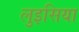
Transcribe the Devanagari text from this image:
लुइसिया